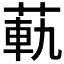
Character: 𦳛